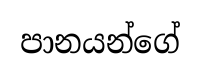
පානයන්ගේ